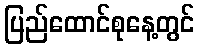
ပြည်ထောင်စုနေ့တွင်